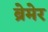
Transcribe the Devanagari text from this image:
ब्रेमेर